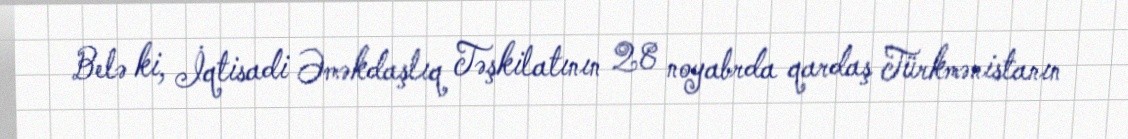
Belə ki, İqtisadi Əməkdaşlıq Təşkilatının 28 noyabrda qardaş Türkmənistanın